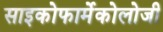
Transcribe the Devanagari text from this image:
साइकोफार्मेकोलोजी